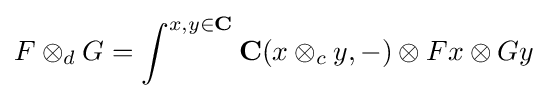
F\otimes _{d}G=\int ^{x,y\in \mathbf {C} }\mathbf {C} (x\otimes _{c}y,-)\otimes Fx\otimes Gy